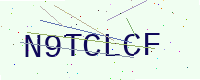
Text: N9TCLCF